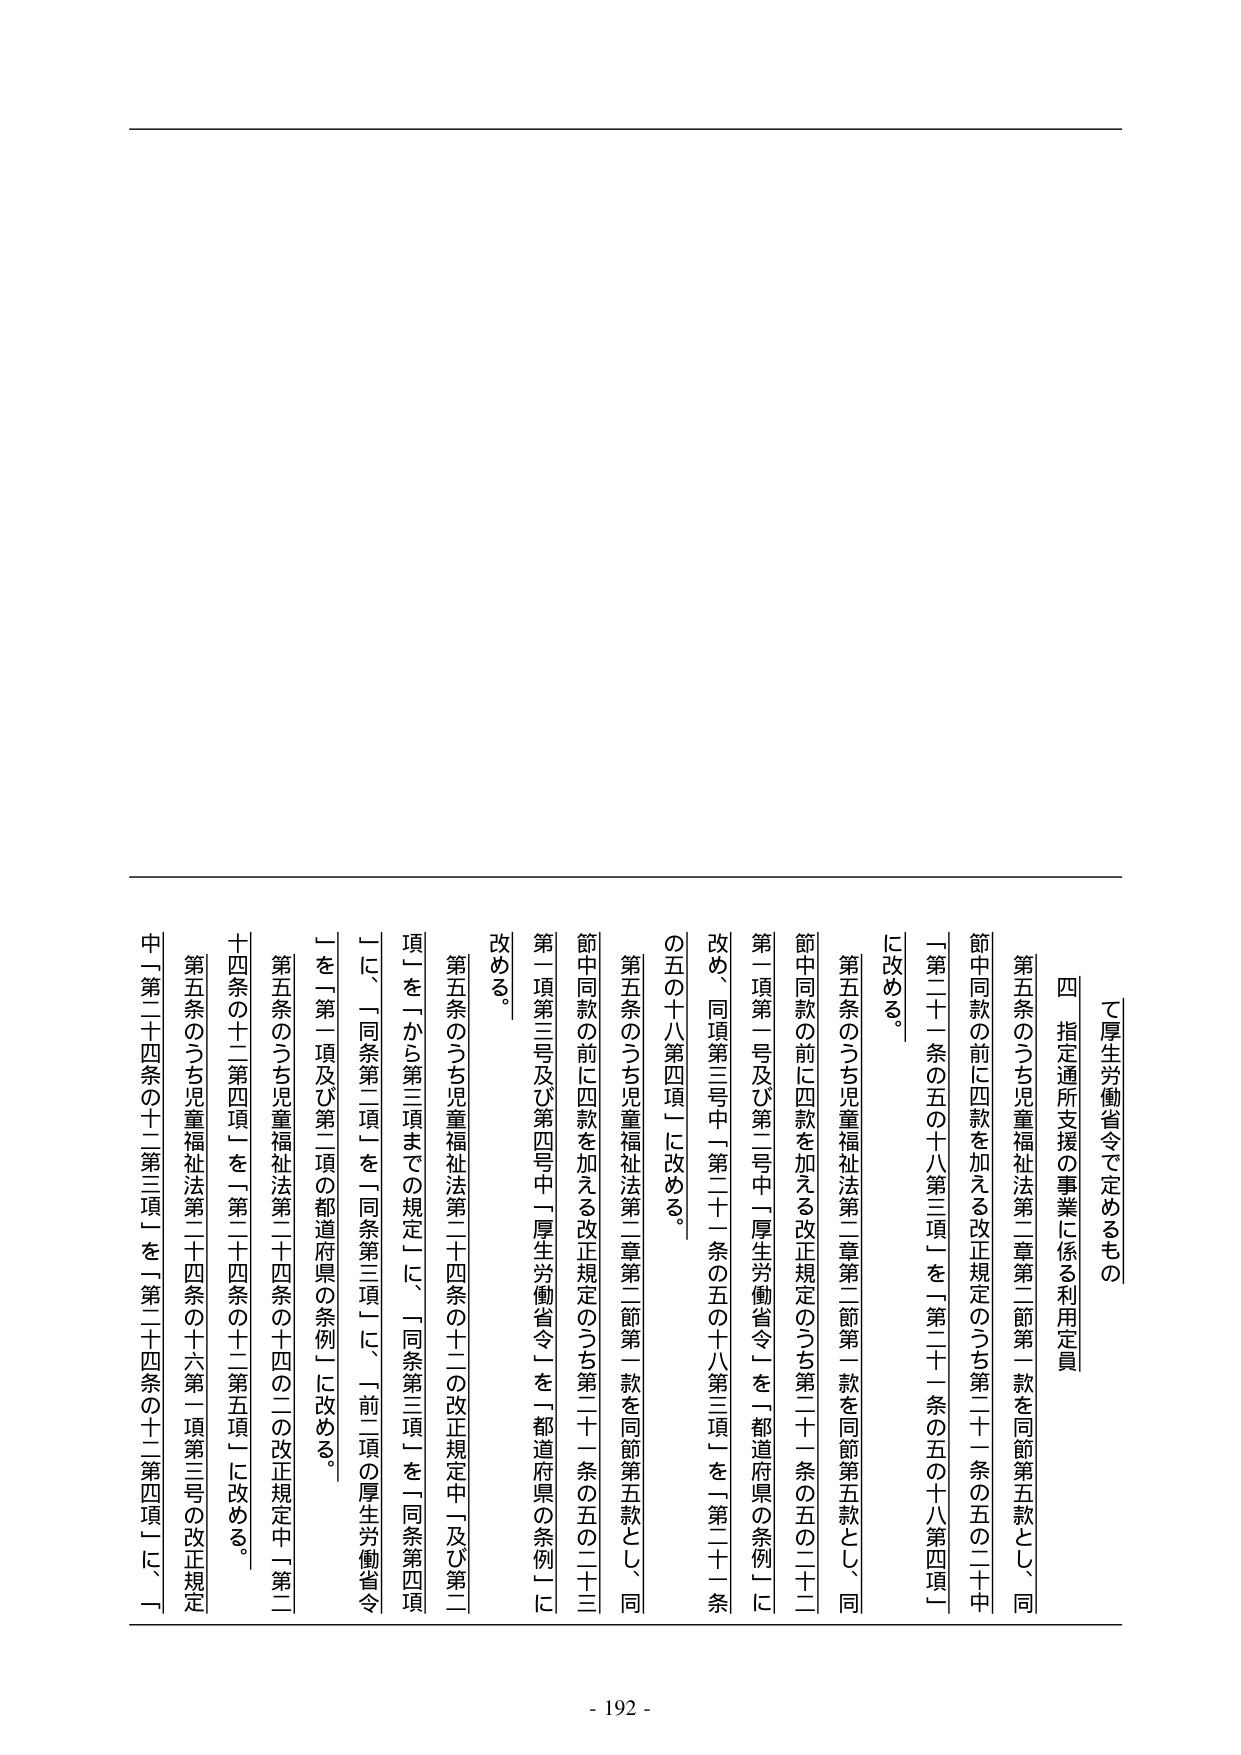
て厚生労働省令で定めるもの

四 指定通所支援の事業に係る利用定員

第五条のうち児童福祉法第二章第二節第一款を同節第五款とし、同節中同款の前に四款を加える改正規定のうち第二十一条の五の二十中「第二十一条の五の十八第三項」を「第二十一条の五の十八第四項」に改める。

第五条のうち児童福祉法第二章第二節第一款を同節第五款とし、同節中同款の前に四款を加える改正規定のうち第二十一条の五の二十二第一項第一号及び第二号中「厚生労働省令」を「都道府県の条例」に改め、同項第三号中「第二十一条の五の十八第三項」を「第二十一条の五の十八第四項」に改める。

第五条のうち児童福祉法第二章第二節第一款を同節第五款とし、同節中同款の前に四款を加える改正規定のうち第二十一条の五の二十三第一項第三号及び第四号中「厚生労働省令」を「都道府県の条例」に改める。

第五条のうち児童福祉法第二十四条の十二の改正規定中「及び第二項」を「から第三項までの規定」に、「同条第三項」を「同条第四項」に、「同条第三項」を「同条第三項」に、「前一項の厚生労働省令」を「第一項及び第二項の都道府県の条例」に改める。

第五条のうち児童福祉法第二十四条の十四の二の改正規定中「第二十四条の十二第四項」を「第二十四条の十二第五項」に改める。

第五条のうち児童福祉法第二十四条の十六第一項第三号の改正規定中「第二十四条の十二第三項」を「第二十四条の十二第四項」に、「

- 192 -